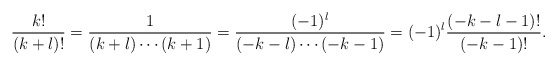
\begin{align*} \frac{k!}{(k+l)!}=\frac{1}{(k+l)\cdots(k+1)}=\frac{(-1)^l}{(-k-l)\cdots(-k-1)}=(-1)^l\frac{(-k-l-1)!}{(-k-1)!}.\end{align*}